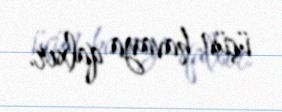
üçün havaya qalxır.